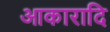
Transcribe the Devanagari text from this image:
आकारादि